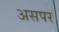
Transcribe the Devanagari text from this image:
असपर